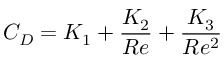
C _ { D } = K _ { 1 } + \frac { K _ { 2 } } { R e } + \frac { K _ { 3 } } { R e ^ { 2 } }